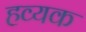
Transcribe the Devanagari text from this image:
हव्यक